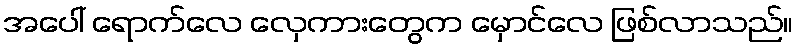
အပေါ် ရောက်လေ လှေကားတွေက မှောင်လေ ဖြစ်လာသည်။